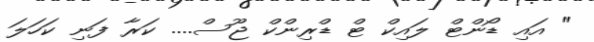
" އައި ޑޯންޓް ލައިކް ޓް ޑްރިންކް ޖޫސް.... ކަރާ ފަނި ކަހަލަ